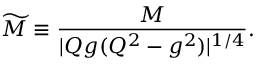
\widetilde { M } \equiv \frac { M } { | Q g ( Q ^ { 2 } - g ^ { 2 } ) | ^ { 1 / 4 } } .